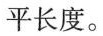
平长度。